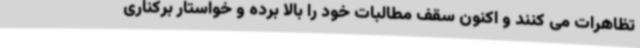
تظاهرات می کنند و اکنون سقف مطالبات خود را بالا برده و خواستار برکناری